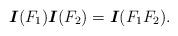
LaTeX: \begin{align*}\mbox{\boldmath$I$}(F_1)\mbox{\boldmath$I$}(F_2)=\mbox{\boldmath$I$}(F_1 F_2).\end{align*}